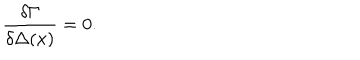
\frac { \delta \Gamma } { \delta \Delta ( x ) } = 0 .